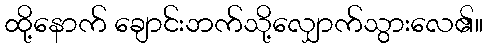
ထို့နောက် ချောင်းဘက်သို့လျှောက်သွားလေ၏။